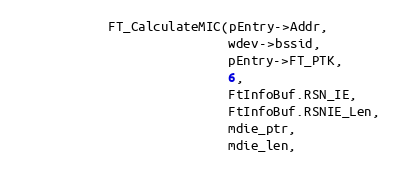
Language: C
			FT_CalculateMIC(pEntry->Addr,
							wdev->bssid,
							pEntry->FT_PTK,
							6,
							FtInfoBuf.RSN_IE,
							FtInfoBuf.RSNIE_Len,
							mdie_ptr,
							mdie_len,